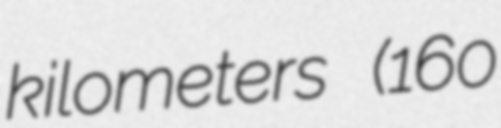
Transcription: kilometers (160